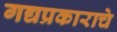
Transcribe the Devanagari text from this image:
गद्यप्रकाराचे